Scottish Certificate of Education, 1962
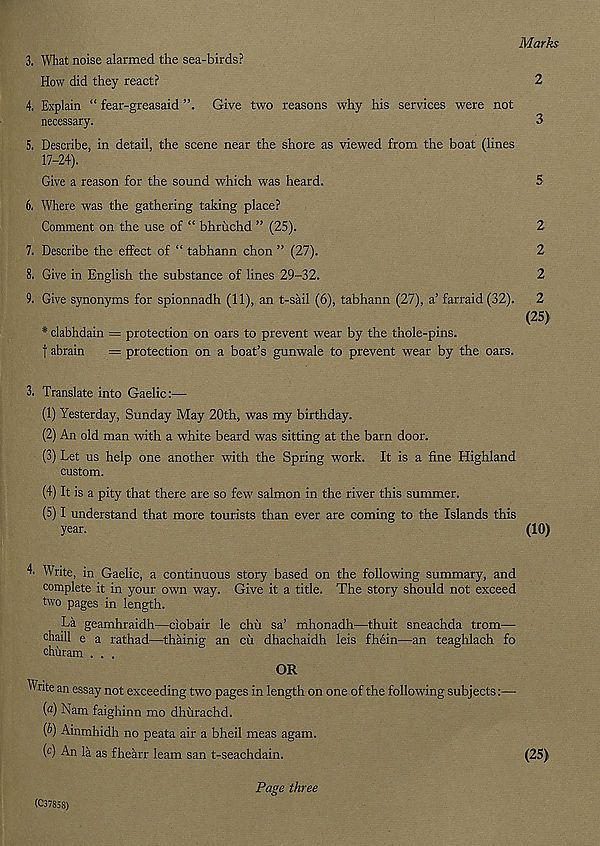
Marks
3. What noise alarmed the sea-birds?
How did they react?
2
4. Explain “ fear-greasaid
Give two reasons why his services were not
necessary.
3
5. Describe, in detail, the scene near the shore as viewed from the boat (lines
17-24).
Give a reason for the sound which was heard.
5
6. Where was the gathering taking place?
Comment on the use of “ bhruchd ” (25).
2
7. Describe the effect of “ tabhann chon ” (27).
2
8. Give in English the substance of lines 29-32.
2
9. Give synonyms for spionnadh (11), an t-sail (6), tabhann (27), a’ farraid (32). 2
< 25 >
* clabhdain -- protection on oars to prevent wear by the thole-pins,
f abrain
= protection on a boat’s gunwale to prevent wear by the oars.
3. Translate into Gaelic:—
(1) Yesterday, Sunday May 20th, was my birthday.
(2) An old man with a white beard was sitting at the barn door.
(3) Let us help one another with the Spring work. It is a fine Highland
custom.
(4) It is a pity that there are so few salmon in the river this summer.
(5) I understand that more tourists than ever are coming to the Islands this
year.
(10)
4. Write, in Gaelic, a continuous story based on the following summary, and
complete it in your own way. Give it a title. The story should not exceed
two pages in length.
La geamhraidh—ciobair le chu sa’ mhonadh—thuit sneachda trom—
chaill e a rathad—thainig an cii dhachaidh leis fhein—an teaghlach fo
churam . . .
OR
Write an essay not exceeding two pages in length on one of the following subjects:—
(«) Nam faighinn mo dhurachd.
(&) Ainmhidh no peata air a bheil meas agam.
( c ) An la as fhearr leam san t-seachdain.
(25)
(C37838)
Page three